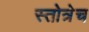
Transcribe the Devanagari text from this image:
स्तोत्रेच